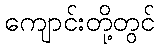
ကျောင်းတို့တွင်